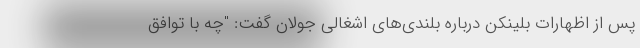
پس از اظهارات بلینکن درباره بلندی‌های اشغالی جولان گفت: "چه با توافق